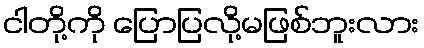
ငါတို့ကို ပြောပြလို့မဖြစ်ဘူးလား